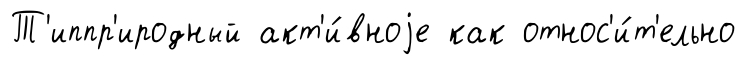
Т'иппр'иродный акт'и́вноjе как относ'и́т'ельно